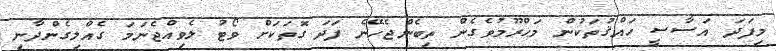
މިފަދަ އަސާސީ ހައްޤުތަކުން މަޙްރޫމުވެގެން ތިބެންޖެހޭނެ ފަދަ ގޮތަކަށް ވޯޓު ލެވިއްޖެނަމަ ގެއްލިގެންދާނި